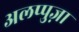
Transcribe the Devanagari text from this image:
अलप्पुज़ा